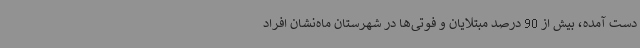
‌دست آمده، بیش از 90 درصد مبتلایان و فوتی‌ها در شهرستان ماه‌نشان افراد